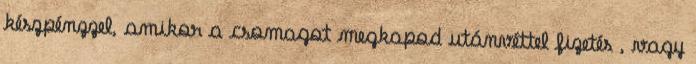
készpénzzel, amikor a csomagot megkapod utánvéttel fizetés , vagy